Annual report on the mental hospital in the Central Provinces and Berar (Nagpur) - 1927-1951
Year: 1927
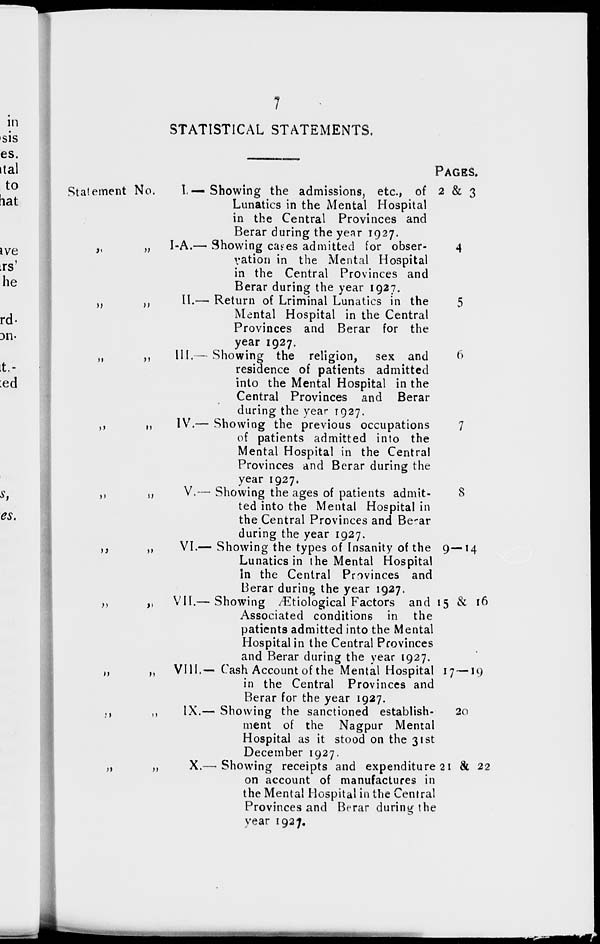
7
STATISTICAL STATEMENTS.
Statement No.
„ „
„ „
„ „
„ „
„ „
„ „
„ „
„ „
„ „
„ „
I.— Showing the admissions, etc., of
Lunatics in the Mental Hospital
in the Central Provinces and
Berar during the year 1927.
I-A.— Showing cages admitted for obser-
vation in the Mental Hospital
in the Central Provinces and
Berar during the year 1927.
II.— Return of Lriminal Lunatics in the
Mental Hospital in the Central
Provinces and Berar for the
year 1927.
III.— Showing the religion, sex and
residence of patients admitted
into the Mental Hospital in the
Central Provinces and Berar
during the year 1927.
IV.— Showing the previous occupations
of patients admitted into the
Mental Hospital in the Central
Provinces and Berar during the
year 1927.
V.— Showing the ages of patients admit-
ted into the Mental Hospital in
the Central Provinces and Bear
during the year 1927.
VI.— Showing the types of Insanity of the
Lunatics in the Mental Hospital
In the Central Provinces and
Berar during the year 1927.
VII.— Showing Ætiological Factors and
Associated conditions in the
patients admitted into the Mental
Hospital in the Central Provinces
and Berar during the year 1927.
VIII.— Cash Account of the Mental Hospital
in the Central Provinces and
Berar for the year 1927.
IX.— Showing the sanctioned establish-
ment of the Nagpur Mental
Hospital as it stood on the 31st
December 1927.
X.— Showing receipts and expenditure
on account of manufactures in
the Mental Hospital in the Central
Provinces and Berar during the
year 1927.
PAGES.
2 & 3
4
5
6
7
8
9—14
15 & 16
17 — 19
20
21 & 22